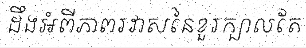
ដឹងអំពីភាពរវាសនៃខួរក្បាលតែ